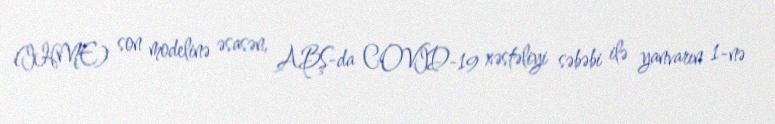
(IHME) son modelinə əsasən, ABŞ-da COVID-19 xəstəliyi səbəbi ilə yanvarın 1-nə